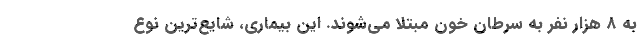
به 8 هزار نفر به سرطان خون مبتلا می‌شوند. این بیماری، شایع‌ترین نوع